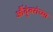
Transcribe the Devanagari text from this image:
औंदुंबरांच्या